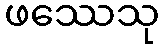
ဖဿေသု